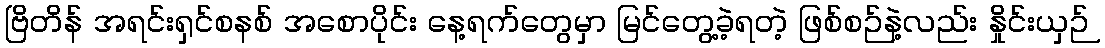
ဗြိတိန် အရင်းရှင်စနစ် အစောပိုင်း နေ့ရက်တွေမှာ မြင်တွေ့ခဲ့ရတဲ့ ဖြစ်စဉ်နဲ့လည်း နှိုင်းယှဉ်